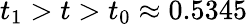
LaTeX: t_{1}>t>t_{0}\approx 0.5345